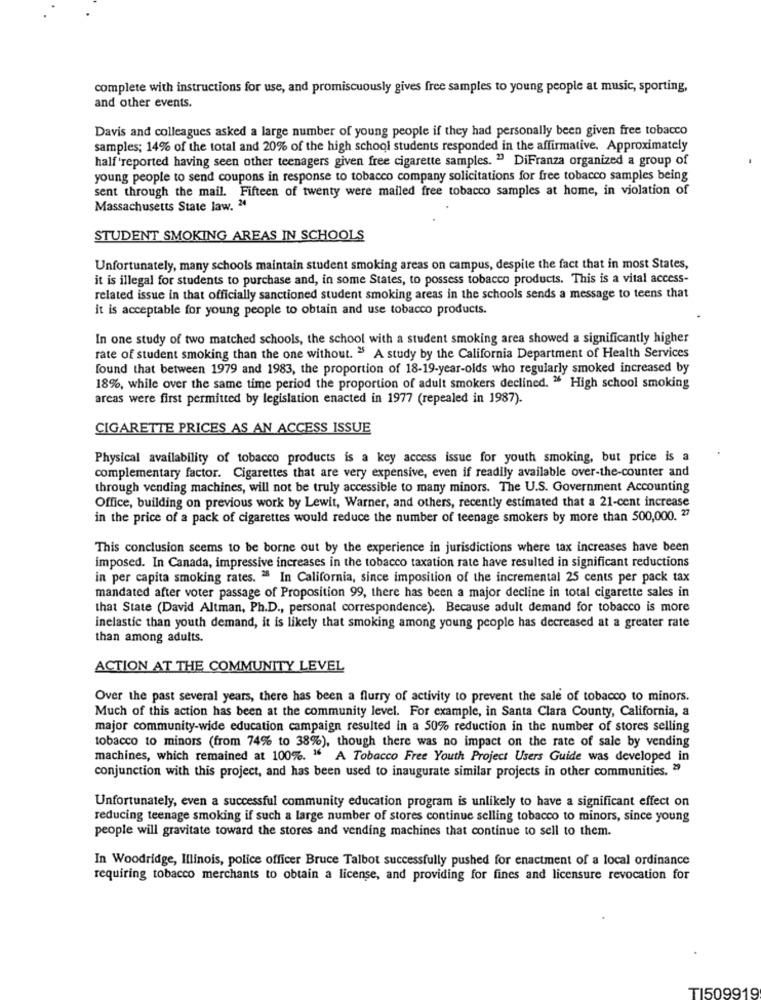
complete with instructions for use, and promiscuously gives free samples to young people at music, sporting,
and other events.
Davis and colleagues asked a large number of young people if they had personally been given free tobacco
samples; 14% of the total and 20% of the high school students responded in the affirmative. Approximately
half 'reported having seen other teenagers given free cigarette samples. " DiFranza organized a group of
young people to send coupons in response to tobacco company solicitations for free tobacco samples being
sent through the mail. Fifteen of twenty were mailed free tobacco samples at home, in violation of
Massachusetts State law. 24
STUDENT SMOKING AREAS IN SCHOOLS
Unfortunately, many schools maintain student smoking areas on campus, despite the fact that in most States,
it is illegal for students to purchase and, in some States, to possess tobacco products. This is a vital access-
related issue in that officially sanctioned student smoking areas in the schools sends a message to teens that
it is acceptable for young people to obtain and use tobacco products.
In one study of two matched schools, the school with a student smoking area showed a significantly higher
rate of student smoking than the one without. "5 A study by the California Department of Health Services
found that between 1979 and 1983, the proportion of 18-19-year-olds who regularly smoked increased by
18%, while over the same time period the proportion of adult smokers declined. " High school smoking
areas were first permitted by legislation enacted in 1977 (repealed in 1987).
CIGARETTE PRICES AS AN ACCESS ISSUE
Physical availability of tobacco products is a key access issue for youth smoking, but price is a
complementary factor. Cigarettes that are very expensive, even if readily available over-the-counter and
through vending machines, will not be truly accessible to many minors. The U.S. Government Accounting
Office, building on previous work by Lewit, Warner, and others, recently estimated that a 21-cent increase
in the price of a pack of cigarettes would reduce the number of teenage smokers by more than 500,000. 27
This conclusion seems to be borne out by the experience in jurisdictions where tax increases have been
imposed. In Canada, impressive increases in the tobacco taxation rate have resulted in significant reductions
in per capita smoking rates. 2 In California, since imposition of the incremental 25 cents per pack tax
mandated after voter passage of Proposition 99, there has been a major decline in total cigarette sales in
that State (David Altman, Ph.D ., personal correspondence). Because adult demand for tobacco is more
inelastic than youth demand, it is likely that smoking among young people has decreased at a greater rate
than among adults.
ACTION AT THE COMMUNITY LEVEL
Over the past several years, there has been a flurry of activity to prevent the sale of tobacco to minors.
Much of this action has been at the community level. For example, in Santa Clara County, California, a
major community-wide education campaign resulted in a 50% reduction in the number of stores selling
tobacco to minors (from 74% to 38%), though there was no impact on the rate of sale by vending
machines, which remained at 100%. " A Tobacco Free Youth Project Users Guide was developed in
conjunction with this project, and has been used to inaugurate similar projects in other communities. 29
Unfortunately, even a successful community education program is unlikely to have a significant effect on
reducing teenage smoking if such a large number of stores continue selling tobacco to minors, since young
people will gravitate toward the stores and vending machines that continue to sell to them.
In Woodridge, Illinois, police officer Bruce Talbot successfully pushed for enactment of a local ordinance
requiring tobacco merchants to obtain a license, and providing for fines and licensure revocation for
TI509919